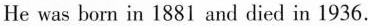
He was born in 1881 and died in 1936.